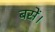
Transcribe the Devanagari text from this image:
बसें।